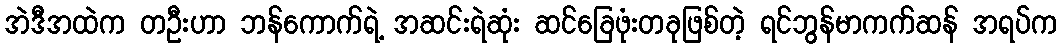
အဲဒီအထဲက တဦးဟာ ဘန်ကောက်ရဲ့ အဆင်းရဲဆုံး ဆင်ခြေဖုံးတခုဖြစ်တဲ့ ရင်ဘွန်မာကက်ဆန် အရပ်က